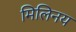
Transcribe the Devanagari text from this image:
मिलिनय